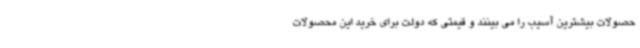
حصولات بیشترین آسیب را می بینند و قیمتی که دولت برای خرید این محصولات